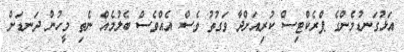
އަޅުގަނޑުމެންގެ ޕްރެކްޓިސް ކުރިއަށްދާ ވަގުތު ވެސް އެއްވެސް ބެލުމެއް ނެތި މީހުން ދަނޑަށް